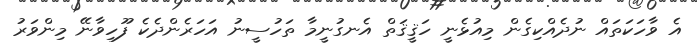
އެ ވާހަކަތައް ނުދެއްކިގެން މިއުޅެނީ ހަޤީޤަތް އެނގުނީމާ ތަހުސީނު އަހަރެންދެކެ ފޫހިވާނޭ މިންވަރު